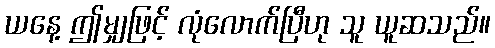
ယနေ့ ဤမျှဖြင့် လုံလောက်ပြီဟု သူ ယူဆသည်။